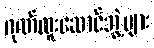
ဂုဏ်ထူးဆောင်ဘွဲ့များ